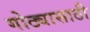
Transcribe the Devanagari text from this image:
गोठ्यासाठी